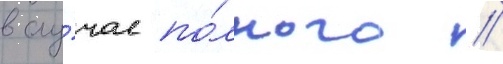
в слу́чае по́лного //